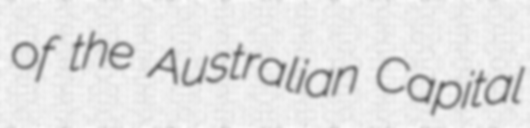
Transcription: of the Australian Capital